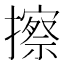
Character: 擦